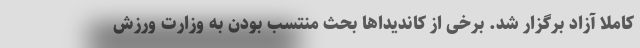
کاملاً آزاد برگزار شد. برخی از کاندیداها بحث منتسب بودن به وزارت ورزش